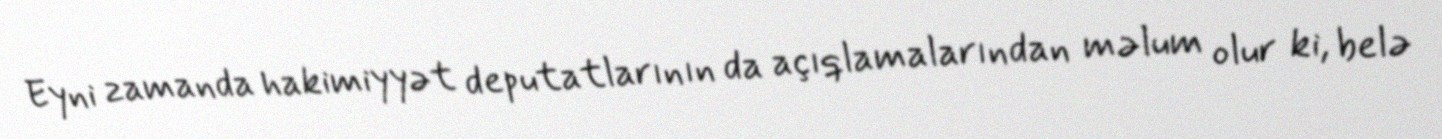
Eyni zamanda hakimiyyət deputatlarının da açıqlamalarından məlum olur ki, belə